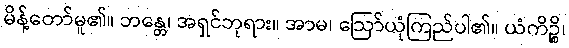
မိန့်တော်မူ၏။ ဘန္တေ၊ အရှင်ဘုရား။ အာမ၊ ဩော်ယုံကြည်ပါ၏။ ယံကိဉ္စိ၊